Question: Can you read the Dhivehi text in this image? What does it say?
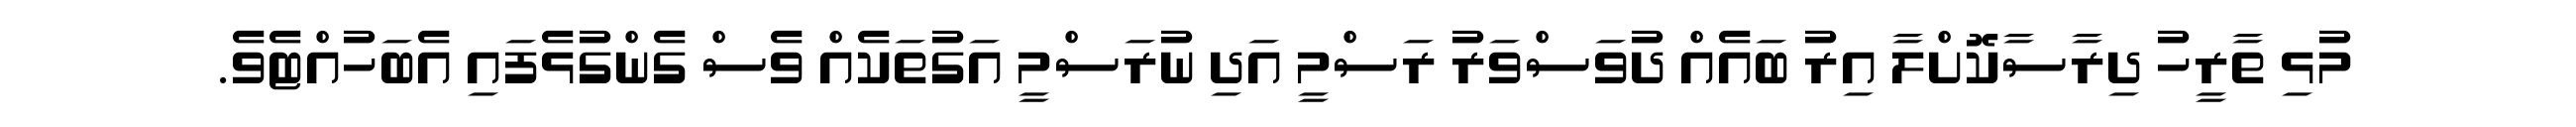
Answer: މުޅި ތާރީހު ދިރާސާކޮށްލާ އިރު ބައެއް ދުވަސްވަރު ރަސްމީ އަދި ނުރަސްމީ އަގުތަކެއް ވެސް ގެންގުޅެފައި އެބަހުއްޓެވެ.